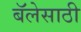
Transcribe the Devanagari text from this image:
बॅलेसाठी